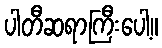
ပါတီဆရာကြီးပေါ့။